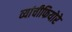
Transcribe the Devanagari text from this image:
व्यांचीफियोरे